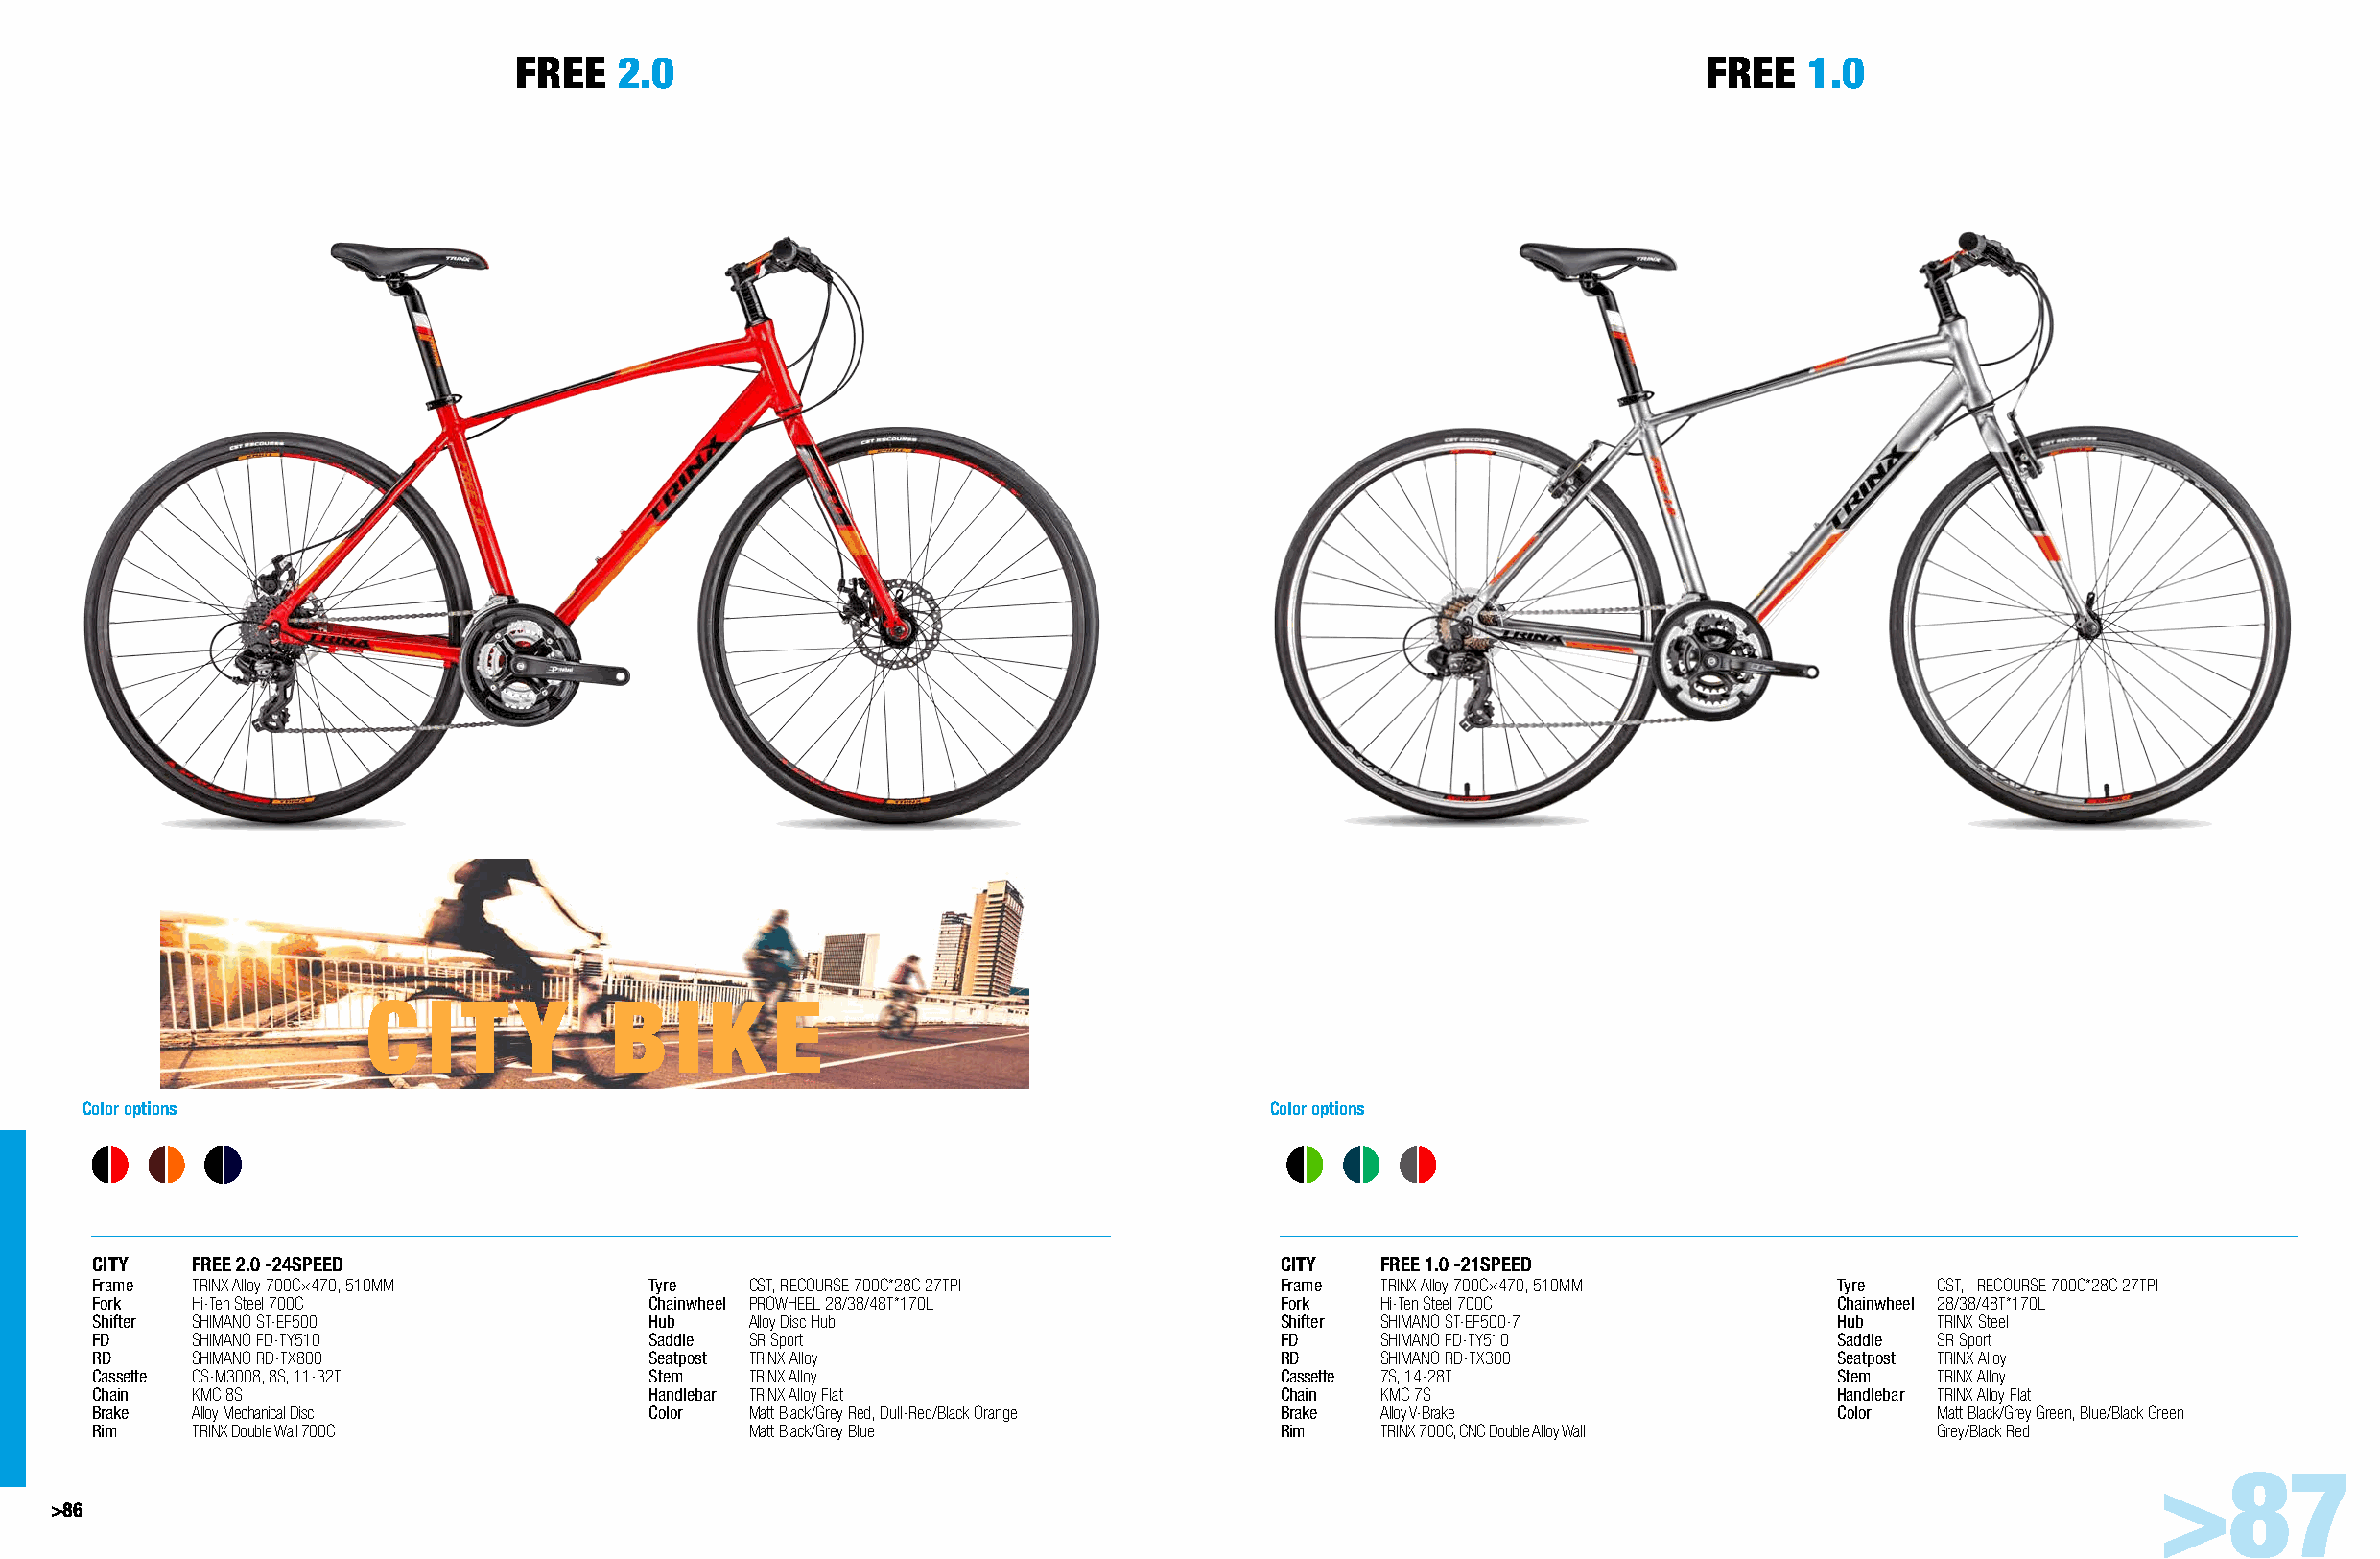
FREE   2.0                                                                        FREE   1.0
 C    I T   Y     B    I K   E
 Color options                                                                     Color options
 CITY   FREE 2.0 -24SPEED                                                          CITY   FREE 1.0 -21SPEED
 Frame  TRINX Alloy 700C×470, 510MM     Tyre   CST, RECOURSE 700C*28C 27TPI        Frame  TRINX Alloy 700C×470, 510MM     Tyre   CST, RECOURSE 700C*28C 27TPI
 Fork   Hi-Ten Steel 700C               Chainwheel PROWHEEL 28/38/48T*170L         Fork   Hi-Ten Steel 700C               Chainwheel 28/38/48T*170L
 Shifter SHIMANO ST-EF500               Hub    Alloy Disc Hub                      Shifter SHIMANO ST-EF500-7             Hub    TRINX Steel
 FD     SHIMANO FD-TY510                Saddle SR Sport                            FD     SHIMANO FD-TY510                Saddle SR Sport
 RD     SHIMANO RD-TX800                Seatpost TRINX Alloy                       RD     SHIMANO RD-TX300                Seatpost TRINX Alloy
 Cassette CS-M3008, 8S, 11-32T          Stem   TRINX Alloy                         Cassette 7S, 14-28T                    Stem   TRINX Alloy
 Chain  KMC 8S                          Handlebar TRINX Alloy Flat                 Chain  KMC 7S                          Handlebar TRINX Alloy Flat
 Brake  Alloy Mechanical Disc           Color  Matt Black/Grey Red, Dull-Red/Black Orange Brake Alloy V-Brake             Color  Matt Black/Grey Green, Blue/Black Green
 Rim    TRINX Double Wall 700C                 Matt Black/Grey Blue                Rim    TRINX 700C, CNC Double Alloy Wall      Grey/Black Red
 >87
 >86